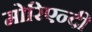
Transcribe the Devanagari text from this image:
मोरिएन्दी